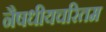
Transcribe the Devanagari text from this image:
नैषधीयचरितम